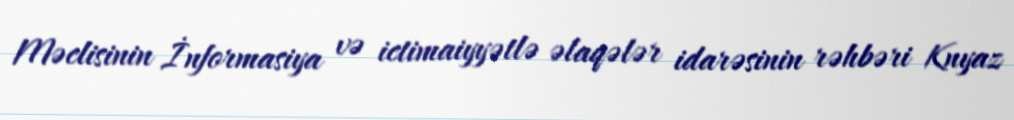
Məclisinin İnformasiya və ictimaiyyətlə əlaqələr idarəsinin rəhbəri Knyaz